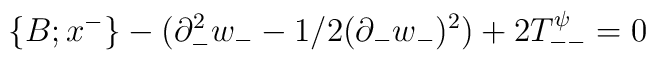
\{B;x^- \} -(\partial^2_{-} w_{-} -1/2 (\partial_{-} w_{-})^2)+2T_{--}^{\psi}=0